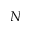
N